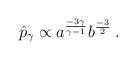
LaTeX: \begin{align*}\hat{p}_\gamma \propto a^{{-3\gamma}\over {\gamma-1}} b^{-3\over2} \, .\end{align*}